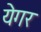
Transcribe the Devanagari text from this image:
येगर